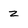
Character: z